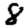
Digit: 8